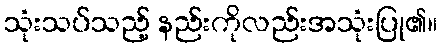
သုံးသပ်သည့် နည်းကိုလည်းအသုံးပြု၏။